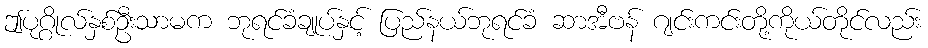
ဤပုဂ္ဂိုလ်နှစ်ဦးသာမက ဘုရင်ခံချုပ်နှင့် ပြည်နယ်ဘုရင်ခံ ဆာအီဗန် ဂျင်းကင်းတို့ကိုယ်တိုင်လည်း